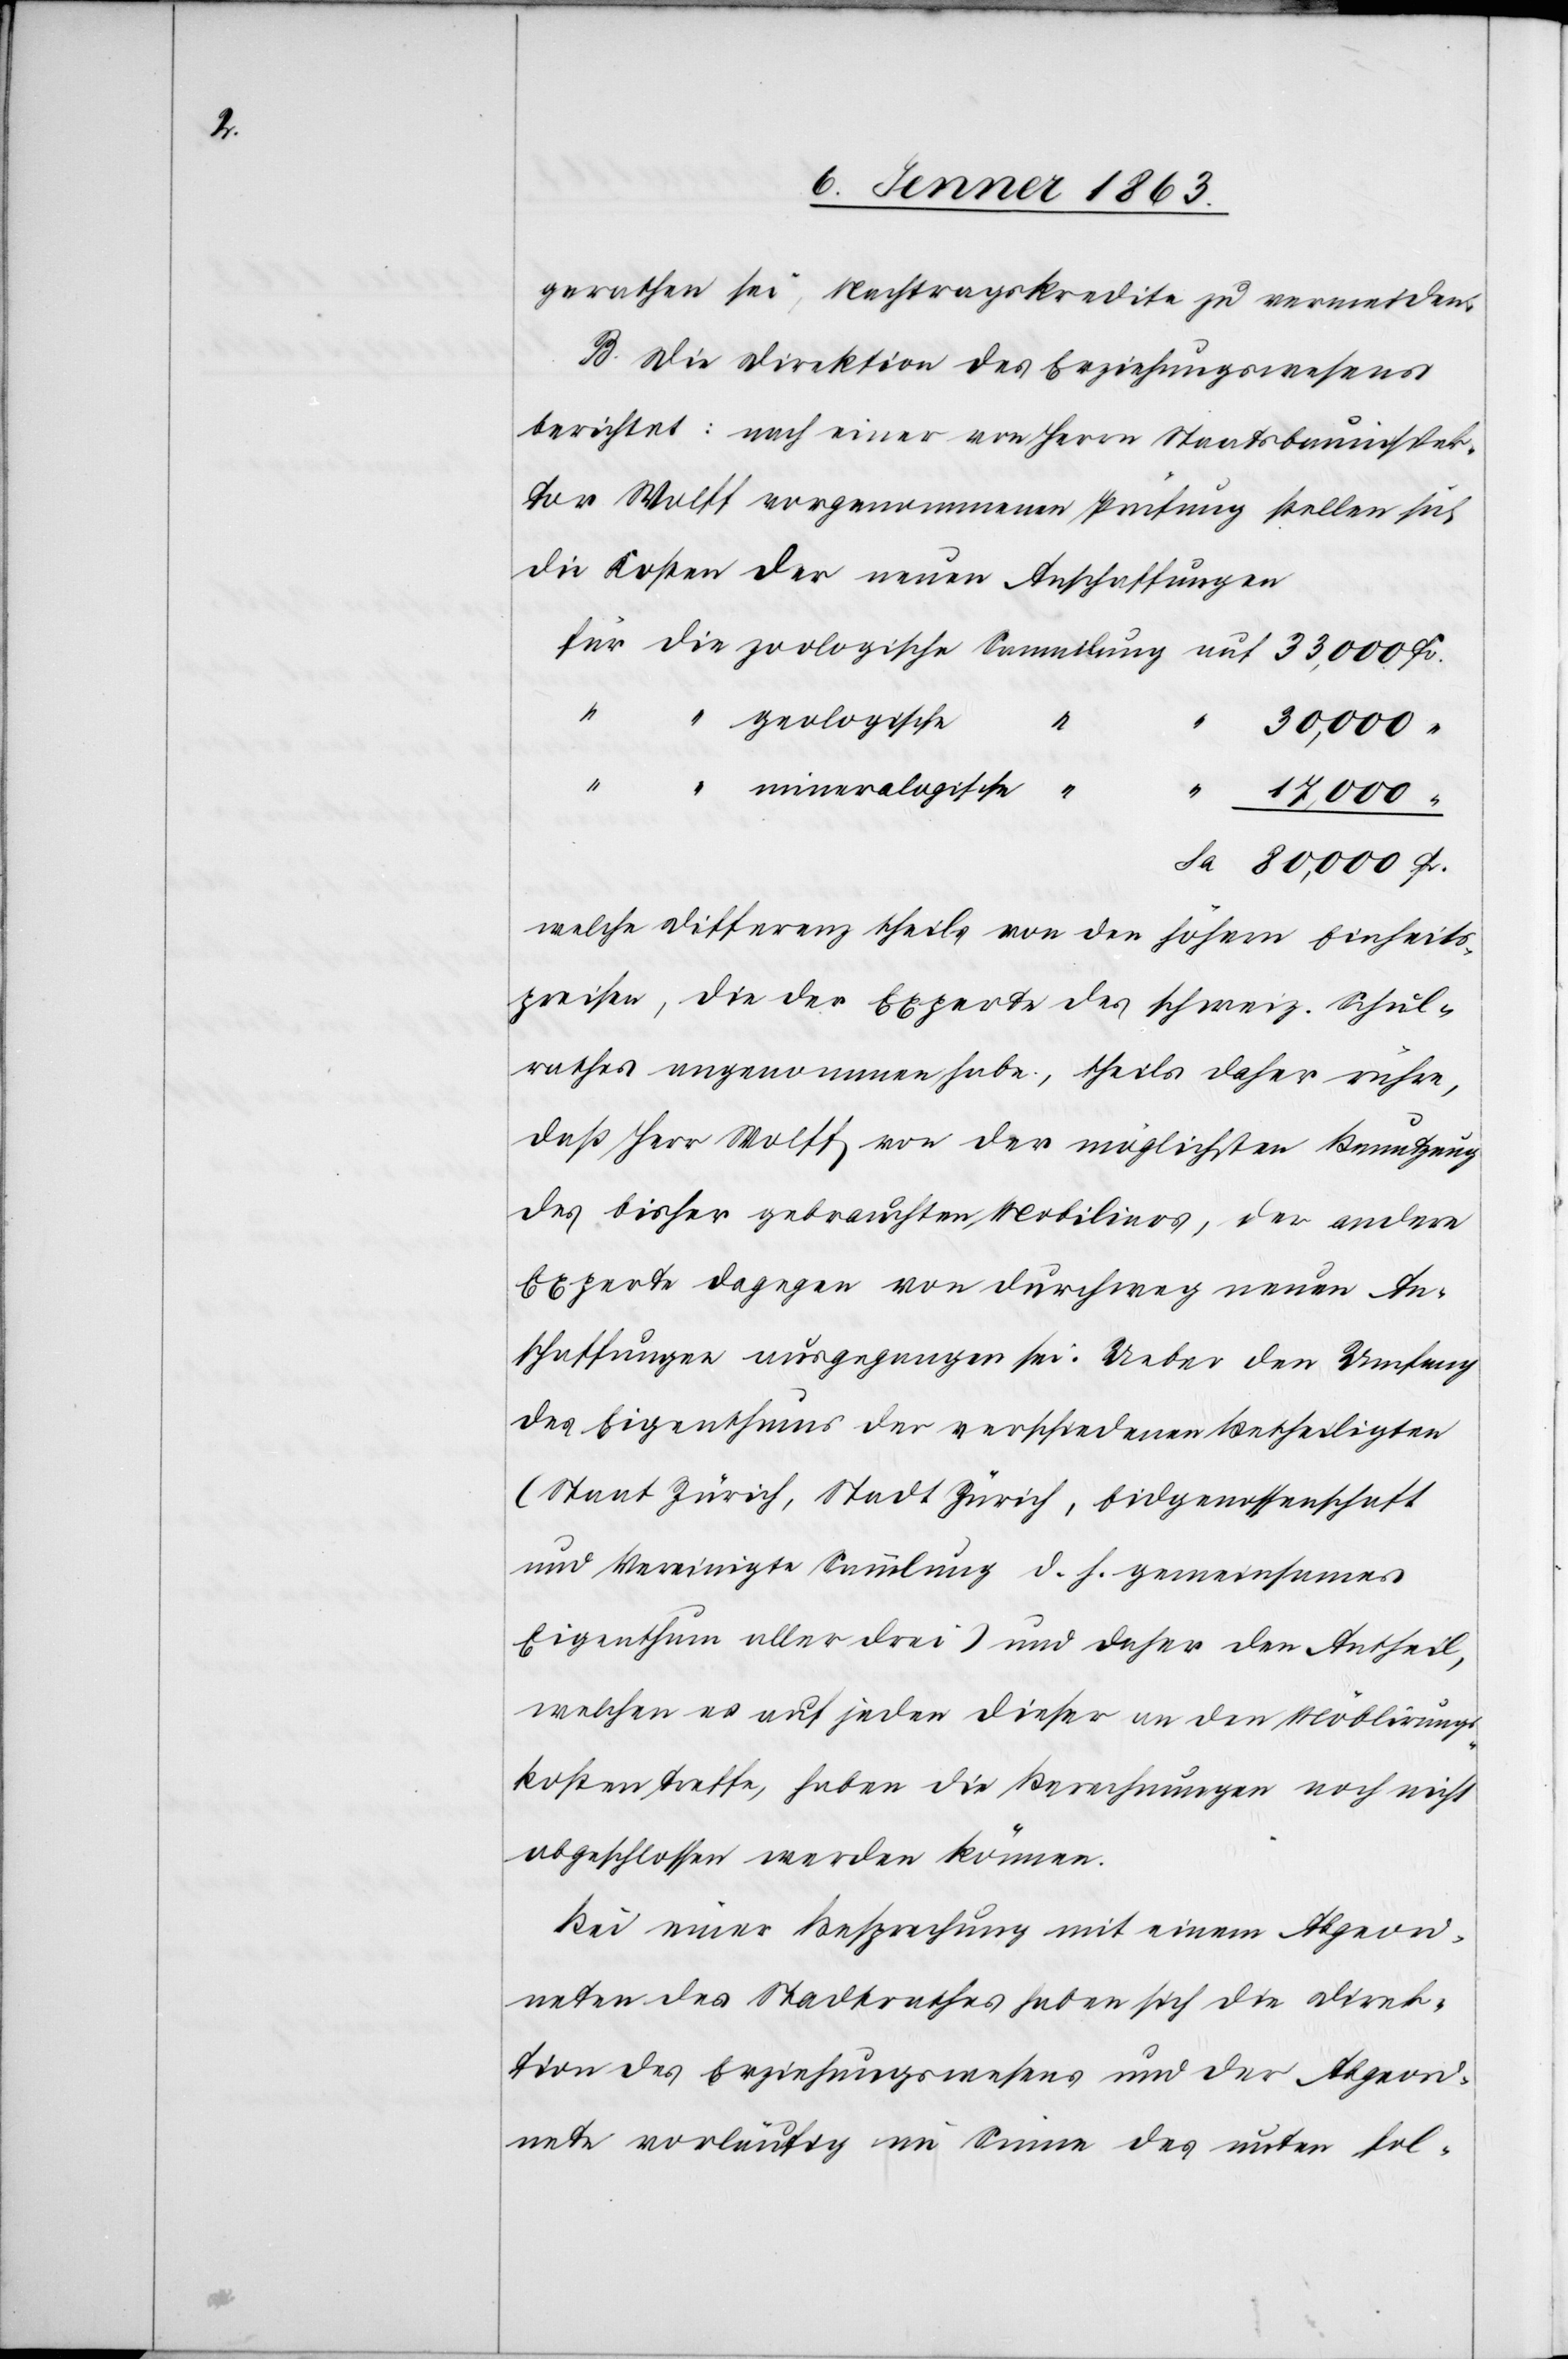
gerathen sei, Nachtragskredite zu vermeiden.
B. Die Direktion des Erziehungswesens
berichtet: nach einer von Herrn Staatsbauinspek¬
tor Wolff vorgenommenen Prüfung stellen sich
die Kosten der neuen Anschaffungen
Fr.
geologische
mineralogische
welche Differenz theils von den höhern Einheits¬
preisen, die der Experte des schweiz. Schul¬
rathes angenommen habe, theils daher rühre,
daß Herr Wolff von der möglichsten Benutzung
des bisher gebrauchten Mobiliars, der andere
Experte dagegen von durchweg neuen An¬
schaffungen ausgegangen sei. Ueber den Umfang
des Eigenthums der verschiedenen Betheiligten
(Staat Zürich, Stadt Zürich, Eidgenossenschaft
und Vereinigte Sammlung d. h. gemeinsames
Eigenthum aller drei) und daher den Antheil,
welchen es auf jeden dieser an den Möblirungs¬
kosten treffe, haben die Berechnungen noch nicht
abgeschlossen werden können.
Bei einer Besprechung mit einem Abgeord¬
neten des Stadtrathes haben sich die Direk¬
tion des Erziehungswesens und der Abgeord¬
nete vorläufig im Sinne des unten fol-